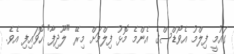
ގައުމީ ފިލްމު އެވޯޑްސްގެ އެންމެ މޮޅު ފިލްމަށް މިރޭ "ލޫދިފާ" ހޮވައިފި އެވެ.